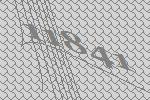
11841